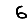
Digit: 6